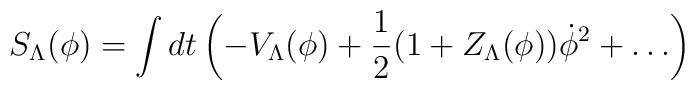
S_{\Lambda}(\phi)=\int dt \left ( - V_{\Lambda}(\phi) + {1\over 2}(1+Z_{\Lambda}(\phi ))\dot\phi^2 + \ldots \right)